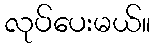
လုပ်ပေးမယ်။